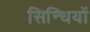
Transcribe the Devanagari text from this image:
सिन्धियों